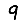
Digit: 9